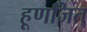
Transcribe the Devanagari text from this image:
हूणजित्‌